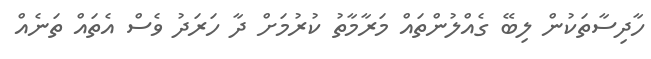
ހާދިސާތަކުން ލިބޭ ގެއްލުންތައް މަރާމާތު ކުރުމަށް ދާ ހަރަދު ވެސް އެތައް ތަނެއް